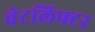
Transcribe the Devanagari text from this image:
वेटलिफ्टर